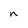
Character: n